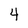
Character: 4